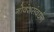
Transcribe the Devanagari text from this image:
गोवंशसंवर्धन